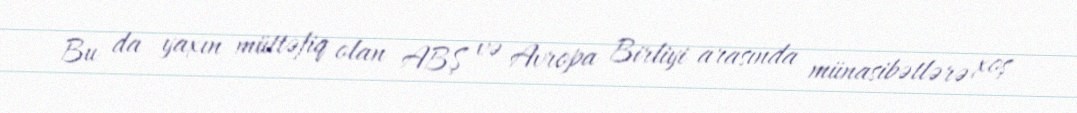
Bu da yaxın müttəfiq olan ABŞ və Avropa Birliyi arasında münasibətlərə xoş